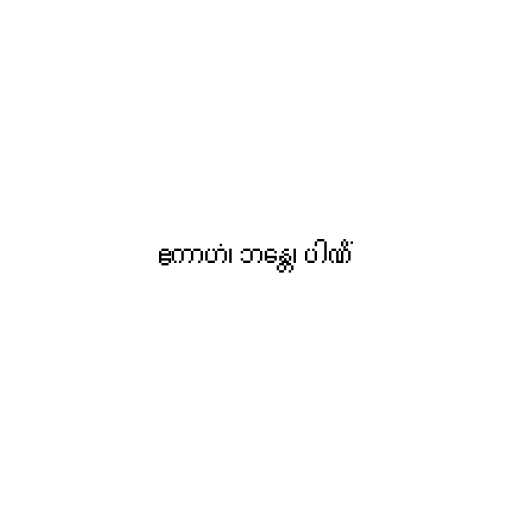
ဧကာဟံ၊ ဘန္တေ၊ ပါဏိံ